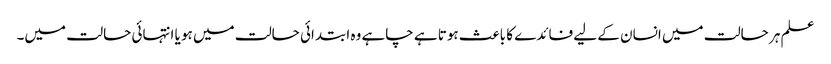
علم ہر حالت میں انسان کے لیے فائدے کا باعث ہوتا ہے چاہے وہ ابتدائی حالت میں ہو یا انتہائی حالت میں۔